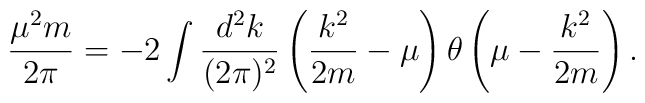
\frac{\mu^2 m}{2 \pi} = -2 \int \frac{d^2 k}{(2\pi)^2} \left(\frac{k^2}{2m} - \mu \right) \theta \left(\mu - \frac{k^2}{2m} \right).